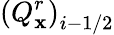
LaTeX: {{\left(Q_{\mathbf{x}}^{r}\right)}_{i-1/2}}